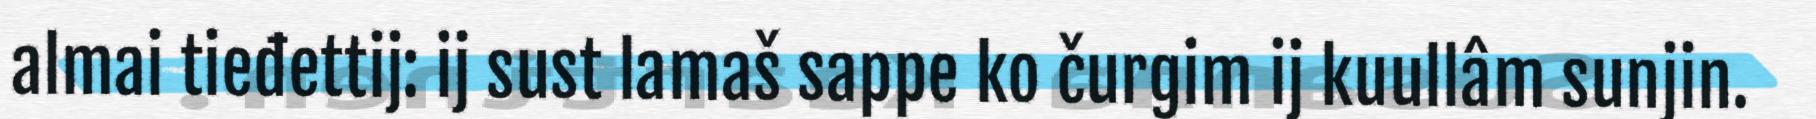
almai tieđettij: ij sust lamaš sappe ko čurgim ij kuullâm sunjin.